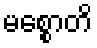
မစ္စောတိ